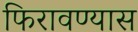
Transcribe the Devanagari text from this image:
फिरावण्यास